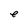
Character: e